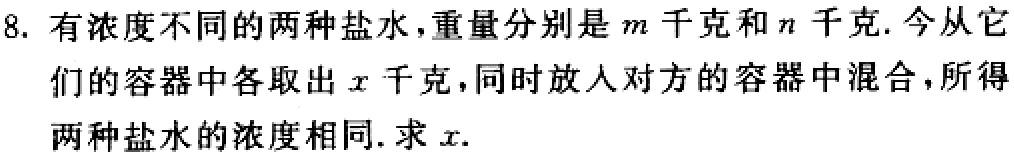
8. 有浓度不同的两种盐水，重量分别是\(m\)千克和\(n\)千克. 今从它们的容器中各取出\(x\)千克，同时放入对方的容器中混合，所得两种盐水的浓度相同. 求\(x\).